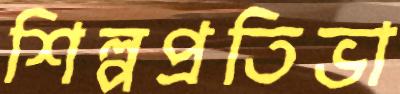
শিল্পপ্রতিভা